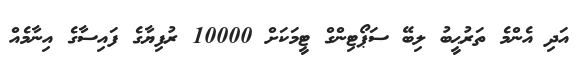
އަދި އެންމެ ތަރުޙީބު ލިބޭ ސަޕޯޓިންގް ޓީމަކަށް 10000 ރުފިޔާގެ ފައިސާގެ އިނާމެއް